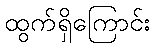
ထွက်ရှိကြောင်း